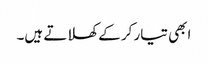
ابھی تیار کر کے کھلاتے ہیں۔